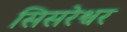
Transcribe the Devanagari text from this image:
सिसरेश्वर